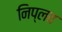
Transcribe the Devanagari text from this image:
निप्लव